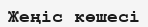
Жеңіс көшесі